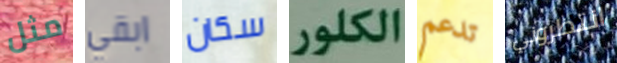
مثل ابقي سكان الكلور تدعم انتظروني